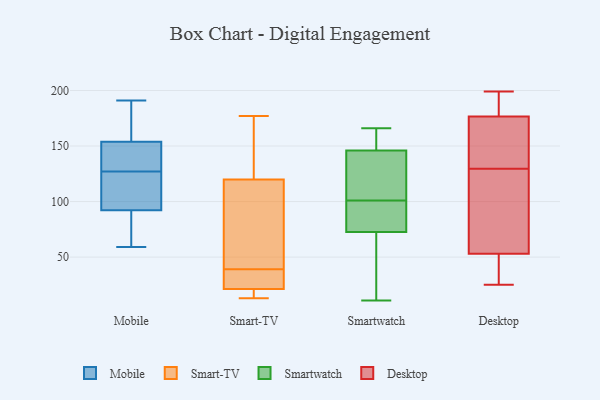
{"axis": {"x": "Market Share (%)", "y": "Value"}, "legend": ["Desktop", "Mobile", "Smart-TV", "Smartwatch"], "data": [{"x": "", "y": 144, "type": "Mobile"}, {"x": "", "y": 87, "type": "Mobile"}, {"x": "", "y": 118, "type": "Mobile"}, {"x": "", "y": 140, "type": "Mobile"}, {"x": "", "y": 136, "type": "Mobile"}, {"x": "", "y": 171, "type": "Mobile"}, {"x": "", "y": 127, "type": "Mobile"}, {"x": "", "y": 157, "type": "Mobile"}, {"x": "", "y": 123, "type": "Mobile"}, {"x": "", "y": 79, "type": "Mobile"}, {"x": "", "y": 90, "type": "Mobile"}, {"x": "", "y": 191, "type": "Mobile"}, {"x": "", "y": 99, "type": "Mobile"}, {"x": "", "y": 59, "type": "Mobile"}, {"x": "", "y": 181, "type": "Mobile"}, {"x": "", "y": 53, "type": "Smart-TV"}, {"x": "", "y": 83, "type": "Smart-TV"}, {"x": "", "y": 154, "type": "Smart-TV"}, {"x": "", "y": 132, "type": "Smart-TV"}, {"x": "", "y": 20, "type": "Smart-TV"}, {"x": "", "y": 31, "type": "Smart-TV"}, {"x": "", "y": 19, "type": "Smart-TV"}, {"x": "", "y": 177, "type": "Smart-TV"}, {"x": "", "y": 39, "type": "Smart-TV"}, {"x": "", "y": 25, "type": "Smart-TV"}, {"x": "", "y": 13, "type": "Smart-TV"}, {"x": "", "y": 149, "type": "Smartwatch"}, {"x": "", "y": 60, "type": "Smartwatch"}, {"x": "", "y": 143, "type": "Smartwatch"}, {"x": "", "y": 156, "type": "Smartwatch"}, {"x": "", "y": 11, "type": "Smartwatch"}, {"x": "", "y": 98, "type": "Smartwatch"}, {"x": "", "y": 25, "type": "Smartwatch"}, {"x": "", "y": 166, "type": "Smartwatch"}, {"x": "", "y": 107, "type": "Smartwatch"}, {"x": "", "y": 102, "type": "Smartwatch"}, {"x": "", "y": 85, "type": "Smartwatch"}, {"x": "", "y": 100, "type": "Smartwatch"}, {"x": "", "y": 50, "type": "Desktop"}, {"x": "", "y": 141, "type": "Desktop"}, {"x": "", "y": 97, "type": "Desktop"}, {"x": "", "y": 181, "type": "Desktop"}, {"x": "", "y": 71, "type": "Desktop"}, {"x": "", "y": 183, "type": "Desktop"}, {"x": "", "y": 56, "type": "Desktop"}, {"x": "", "y": 162, "type": "Desktop"}, {"x": "", "y": 36, "type": "Desktop"}, {"x": "", "y": 162, "type": "Desktop"}, {"x": "", "y": 36, "type": "Desktop"}, {"x": "", "y": 199, "type": "Desktop"}, {"x": "", "y": 193, "type": "Desktop"}, {"x": "", "y": 25, "type": "Desktop"}, {"x": "", "y": 172, "type": "Desktop"}, {"x": "", "y": 118, "type": "Desktop"}]}